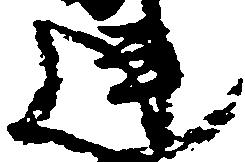
連